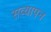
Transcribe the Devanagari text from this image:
सव्यापन